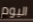
اليوم